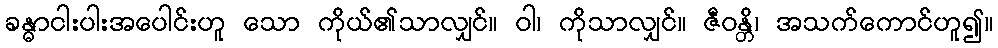
ခန္ဓာငါးပါးအပေါင်းဟူ သော ကိုယ်၏သာလျှင်။ ဝါ၊ ကိုသာလျှင်။ ဇီဝန္တိ၊ အသက်ကောင်ဟူ၍။